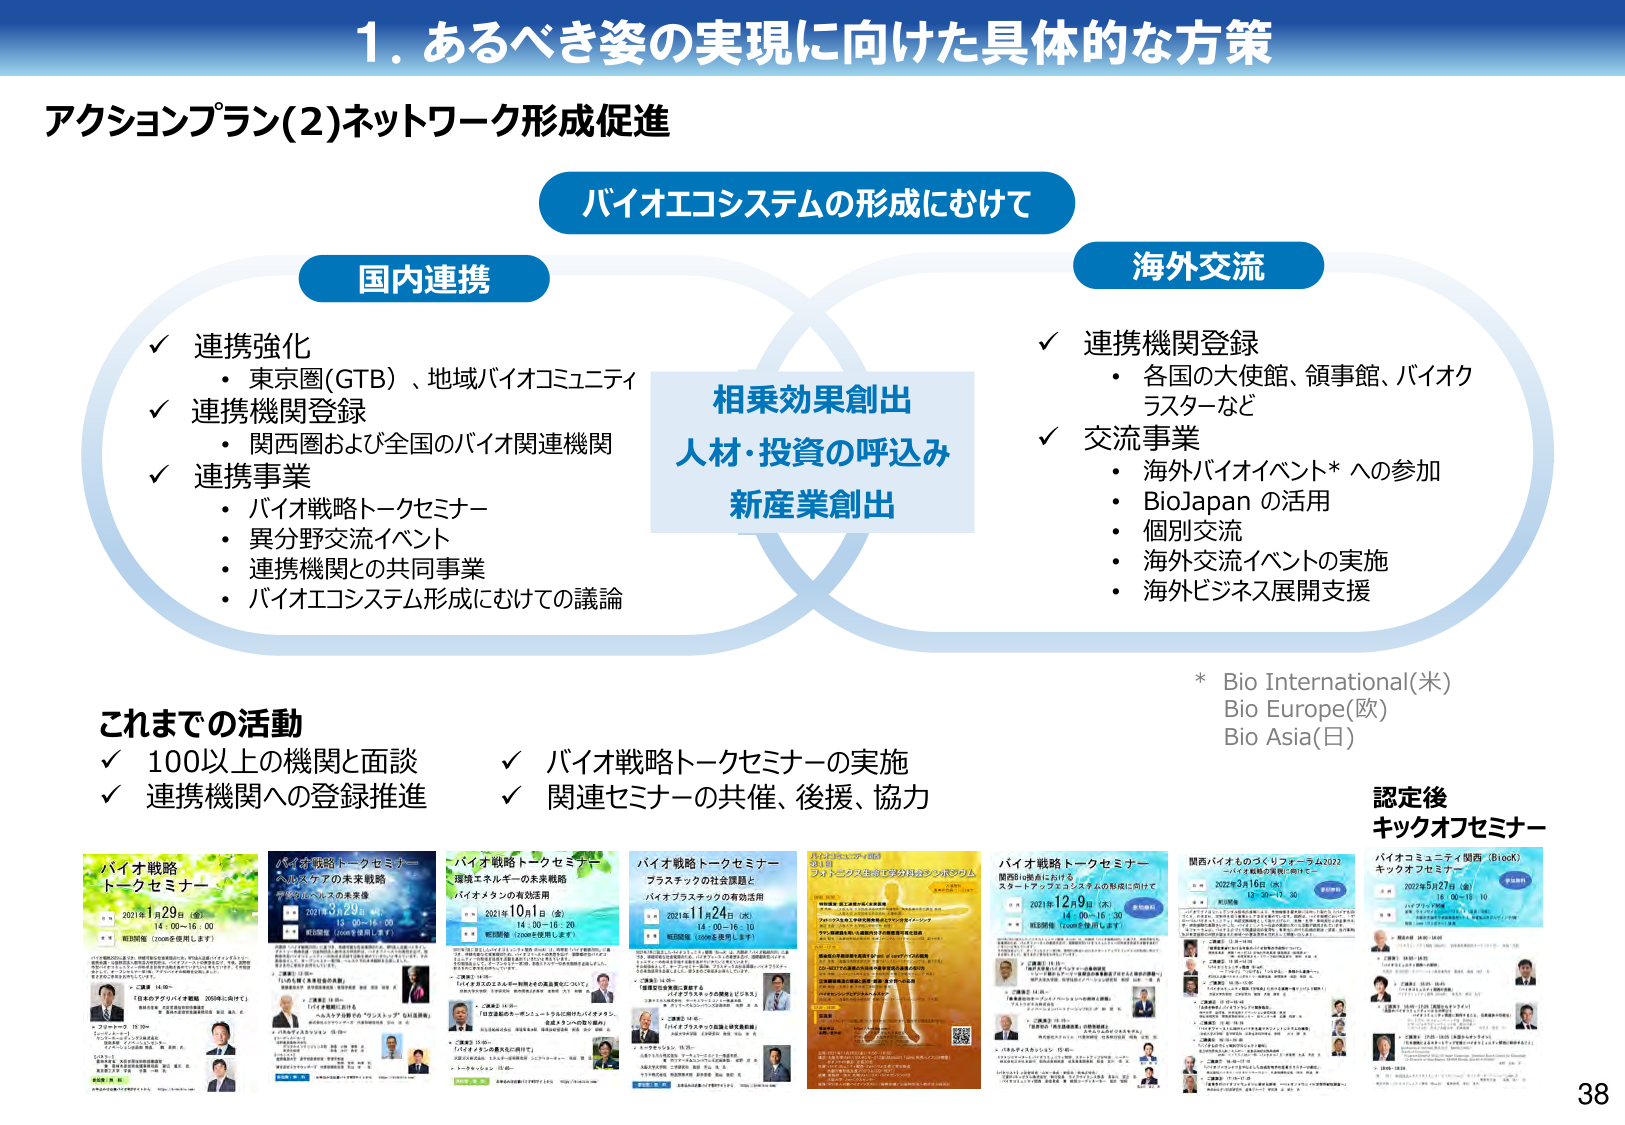
1. あるべき姿の実現に向けた具体的な方策

アクションプラン(2)ネットワーク形成促進

バイオエコシステムの形成にむけて

国内連携
✓ 連携強化
・ 東京圏(GTB)、地域バイオコミュニティ
✓ 連携機関登録
・ 関西圏および全国のバイオ関連機関
✓ 連携事業
・ バイオ戦略トークセミナー
・ 異分野交流イベント
・ 連携機関との共同事業
・ バイオエコシステム形成にむけての議論

海外交流
✓ 連携機関登録
・ 各国の大使館、領事館、バイオクラスターなど
✓ 交流事業
・ 海外バイオイベント*への参加
・ BioJapan の活用
・ 個別交流
・ 海外交流イベントの実施
・ 海外ビジネス展開支援

* Bio International(米)
Bio Europe(欧)
Bio Asia(日)

相乗効果創出
人材・投資の呼び込み
新産業創出

これまでの活動
✓ 100以上の機関と面談
✓ 連携機関への登録推進
✓ バイオ戦略トークセミナーの実施
✓ 関連セミナーの共催、後援、協力

認定後
キックオフセミナー

バイオ戦略トークセミナー
2021年1月29日（金）
14:00-16:00
※ 総勢限定（Zoomを使用します）

バイオ戦略トークセミナー
ヘルスケアの未来戦略
デジタルヘルスの未来像
2021年3月29日（月）
13:00-16:00
※ 総勢限定（Zoomを使用します）

バイオ戦略トークセミナー
環境エネルギーの未来戦略
バイオマスの有効活用
2021年10月1日（金）
14:00-16:20
※ 総勢限定（Zoomを使用します）

バイオ戦略トークセミナー
プラスチックの社会課題と
バイオプラスチックの有効活用
2021年11月24日（水）
14:00-16:10
※ 総勢限定（Zoomを使用します）

バイオ戦略トークセミナー
サステナブルな生物工学分野のシンポジウム
2021年12月1日（水）
14:00-16:30
※ 総勢限定（Zoomを使用します）

バイオ戦略トークセミナー
関西3i拠点における
スタートアップエコシステムの形成に向けて
2021年12月9日（木）
14:00-16:30
※ 総勢限定（Zoomを使用します）

関西バイオものづくりフォーラム2022
～バイオ戦略の実現に向けて～
2022年3月16日（水）
13:00-17:30

バイオコミュニティ関西（BioK）
キックオフセミナー
2022年5月27日（金）
13:00-15:10

38